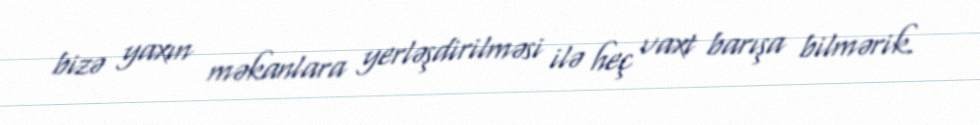
bizə yaxın məkanlara yerləşdirilməsi ilə heç vaxt barışa bilmərik.